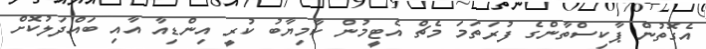
އެގޮތުން ޕާކިސްތާންގެ ފުރަތަމަ މެޗް އެޓީމުން ކާމިޔާބު ކުރީ އިންޑިއާ އާއި ބައްދަލުކޮށް